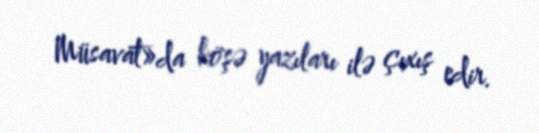
Müsavat»da köşə yazıları ilə çıxış edir.